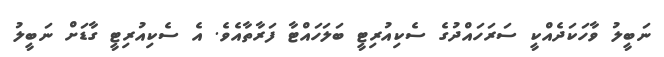
ނަބީލު ވާހަކަދެއްކީ ސަރަހައްދުގެ ސެކިއުރިޓީ ބަލަހައްޓާ ފަރާތާއެވެ. އެ ސެކިއުރިޓީ ގާޑަށް ނަބީލު